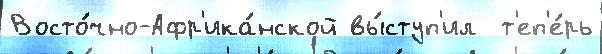
Восто́чно-Афр'ика́нской вы́ступ'ил  т'еп'е́рь